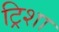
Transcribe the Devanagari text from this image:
ट्रिशा